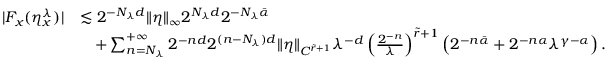
\begin{array} { r l } { | F _ { x } ( \eta _ { x } ^ { \lambda } ) | } & { \lesssim 2 ^ { - N _ { \lambda } d } \| \eta \| _ { \infty } 2 ^ { N _ { \lambda } d } 2 ^ { - N _ { \lambda } \bar { \alpha } } } \\ & { \quad + \sum _ { n = N _ { \lambda } } ^ { + \infty } 2 ^ { - n d } 2 ^ { ( n - N _ { \lambda } ) d } \| \eta \| _ { C ^ { \tilde { r } + 1 } } \lambda ^ { - d } \left( \frac { 2 ^ { - n } } { \lambda } \right) ^ { \tilde { r } + 1 } \left( 2 ^ { - n \bar { \alpha } } + 2 ^ { - n \alpha } \lambda ^ { \gamma - \alpha } \right) . } \end{array}